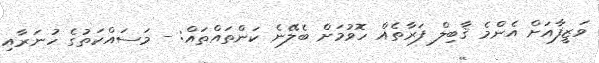
ވަޒީފާއަށް އެންމެ ޤާބިލް ފަރާތެއް ހޮވުމަށް ބެލޭނެ ކަންތައްތައް: - މަސައްކަތުގެ ހުނަރާއި